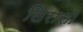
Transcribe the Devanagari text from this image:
लिरासी